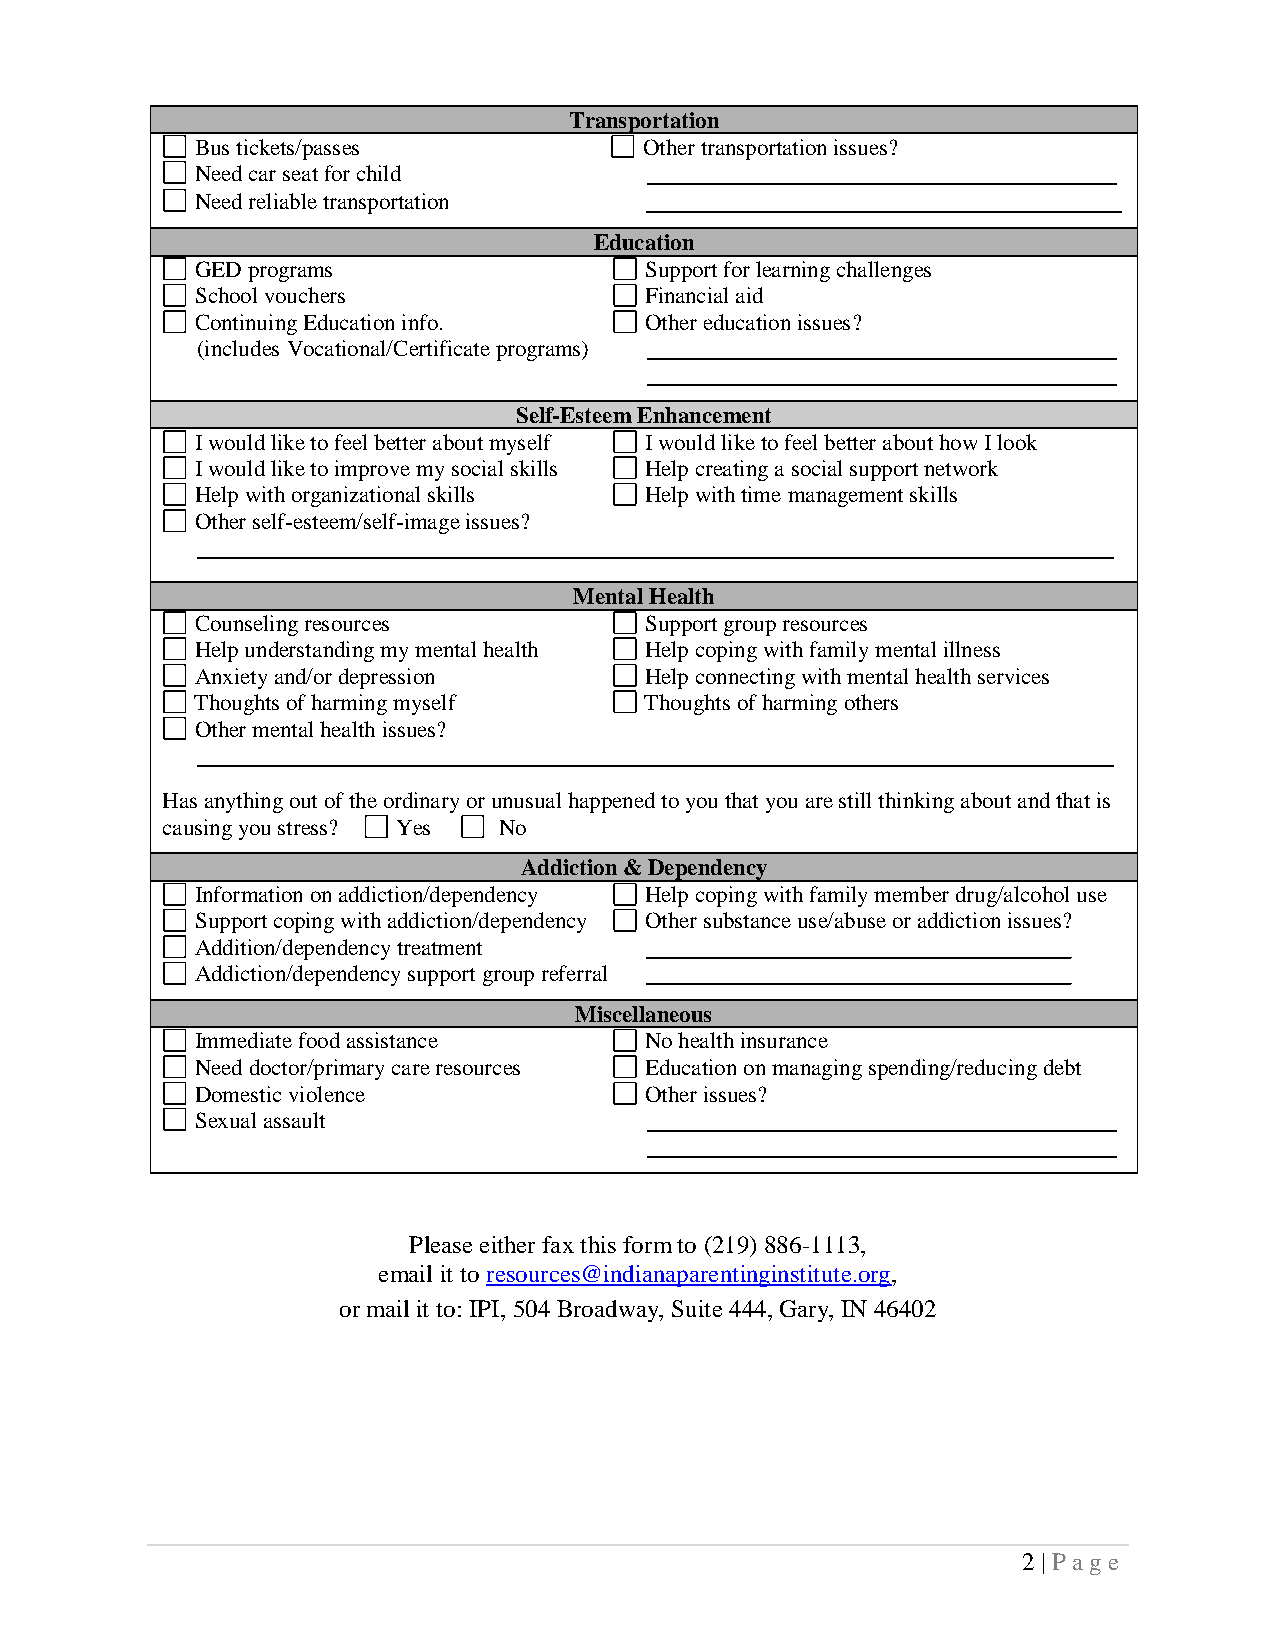
Transportation
 Bus tickets/passes            Other transportation issues?
 Need car seat for child       _________________________________________
 Need reliable transportation  ______________________________________
 Education
 GED programs                  Support for learning challenges
 School vouchers               Financial aid
 Continuing Education info.    Other education issues?
 (includes Vocational/Certificate programs) _________________________________________
 _________________________________________
 Self-Esteem Enhancement
 I would like to feel better about myself I would like to feel better about how I look
 I would like to improve my social skills Help creating a social support network
 Help with organizational skills Help with time management skills
 Other self-esteem/self-image issues?
 ________________________________________________________________________________
 Mental Health
 Counseling resources          Support group resources
 Help understanding my mental health Help coping with family mental illness
 Anxiety and/or depression     Help connecting with mental health services
 Thoughts of harming myself    Thoughts of harming others
 Other mental health issues?
 ________________________________________________________________________________
 Has anything out of the ordinary or unusual happened to you that you are still thinking about and that is
 causing you stress? Yes No
 Addiction & Dependency
 Information on addiction/dependency Help coping with family member drug/alcohol use
 Support coping with addiction/dependency Other substance use/abuse or addiction issues?
 Addition/dependency treatment _____________________________________
 Addiction/dependency support group referral _____________________________________
 Miscellaneous
 Immediate food assistance     No health insurance
 Need doctor/primary care resources Education on managing spending/reducing debt
 Domestic violence             Other issues?
 Sexual assault                _________________________________________
 _________________________________________
 Please either fax this form to (219) 886-1113,
 email it to resources@indianaparentinginstitute.org,
 or mail it to: IPI, 504 Broadway, Suite 444, Gary, IN 46402
 2 | P ag e